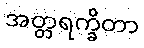
အတ္တရက္ခိတာ